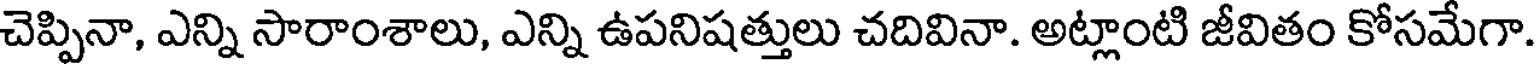
చెప్పినా, ఎన్ని సారాంశాలు, ఎన్ని ఉపనిషత్తులు చదివినా. అట్లాంటి జీవితం కోసమేగా.